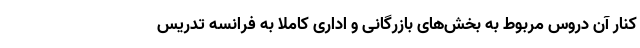
کنار آن دروس مربوط به بخش‌های بازرگانی و اداری کاملا به فرانسه تدریس